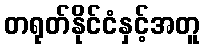
တရုတ်နိုင်ငံနှင့်အတူ